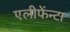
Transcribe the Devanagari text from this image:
एलीफेंन्टा